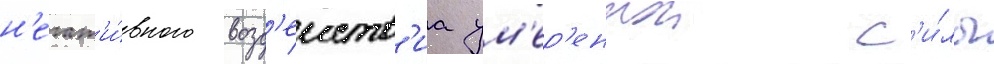
н'егат'и́вного возд'еиств'иа ум'ер'еннои с'и́лы